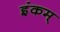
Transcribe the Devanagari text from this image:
इंकम्